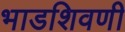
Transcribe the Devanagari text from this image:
भाडशिवणी